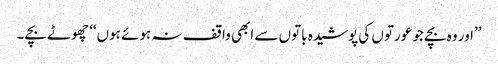
’’اور وہ بچے جو عورتوں کی پوشیدہ باتوں سے ابھی واقف نہ ہوئے ہوں‘‘ چھوٹے بچے۔